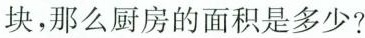
块，那么厨房的面积是多少?